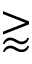
\gtrapprox